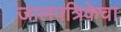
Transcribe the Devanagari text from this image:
जालपत्रिकेचा